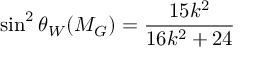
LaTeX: \sin ^ { 2 } \theta _ { W } ( M _ { G } ) = \frac { 1 5 k ^ { 2 } } { 1 6 k ^ { 2 } + 2 4 }